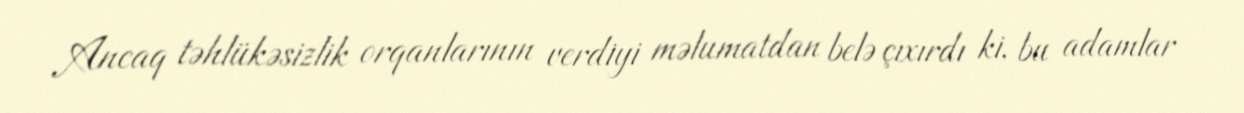
Ancaq təhlükəsizlik orqanlarının verdiyi məlumatdan belə çıxırdı ki, bu adamlar